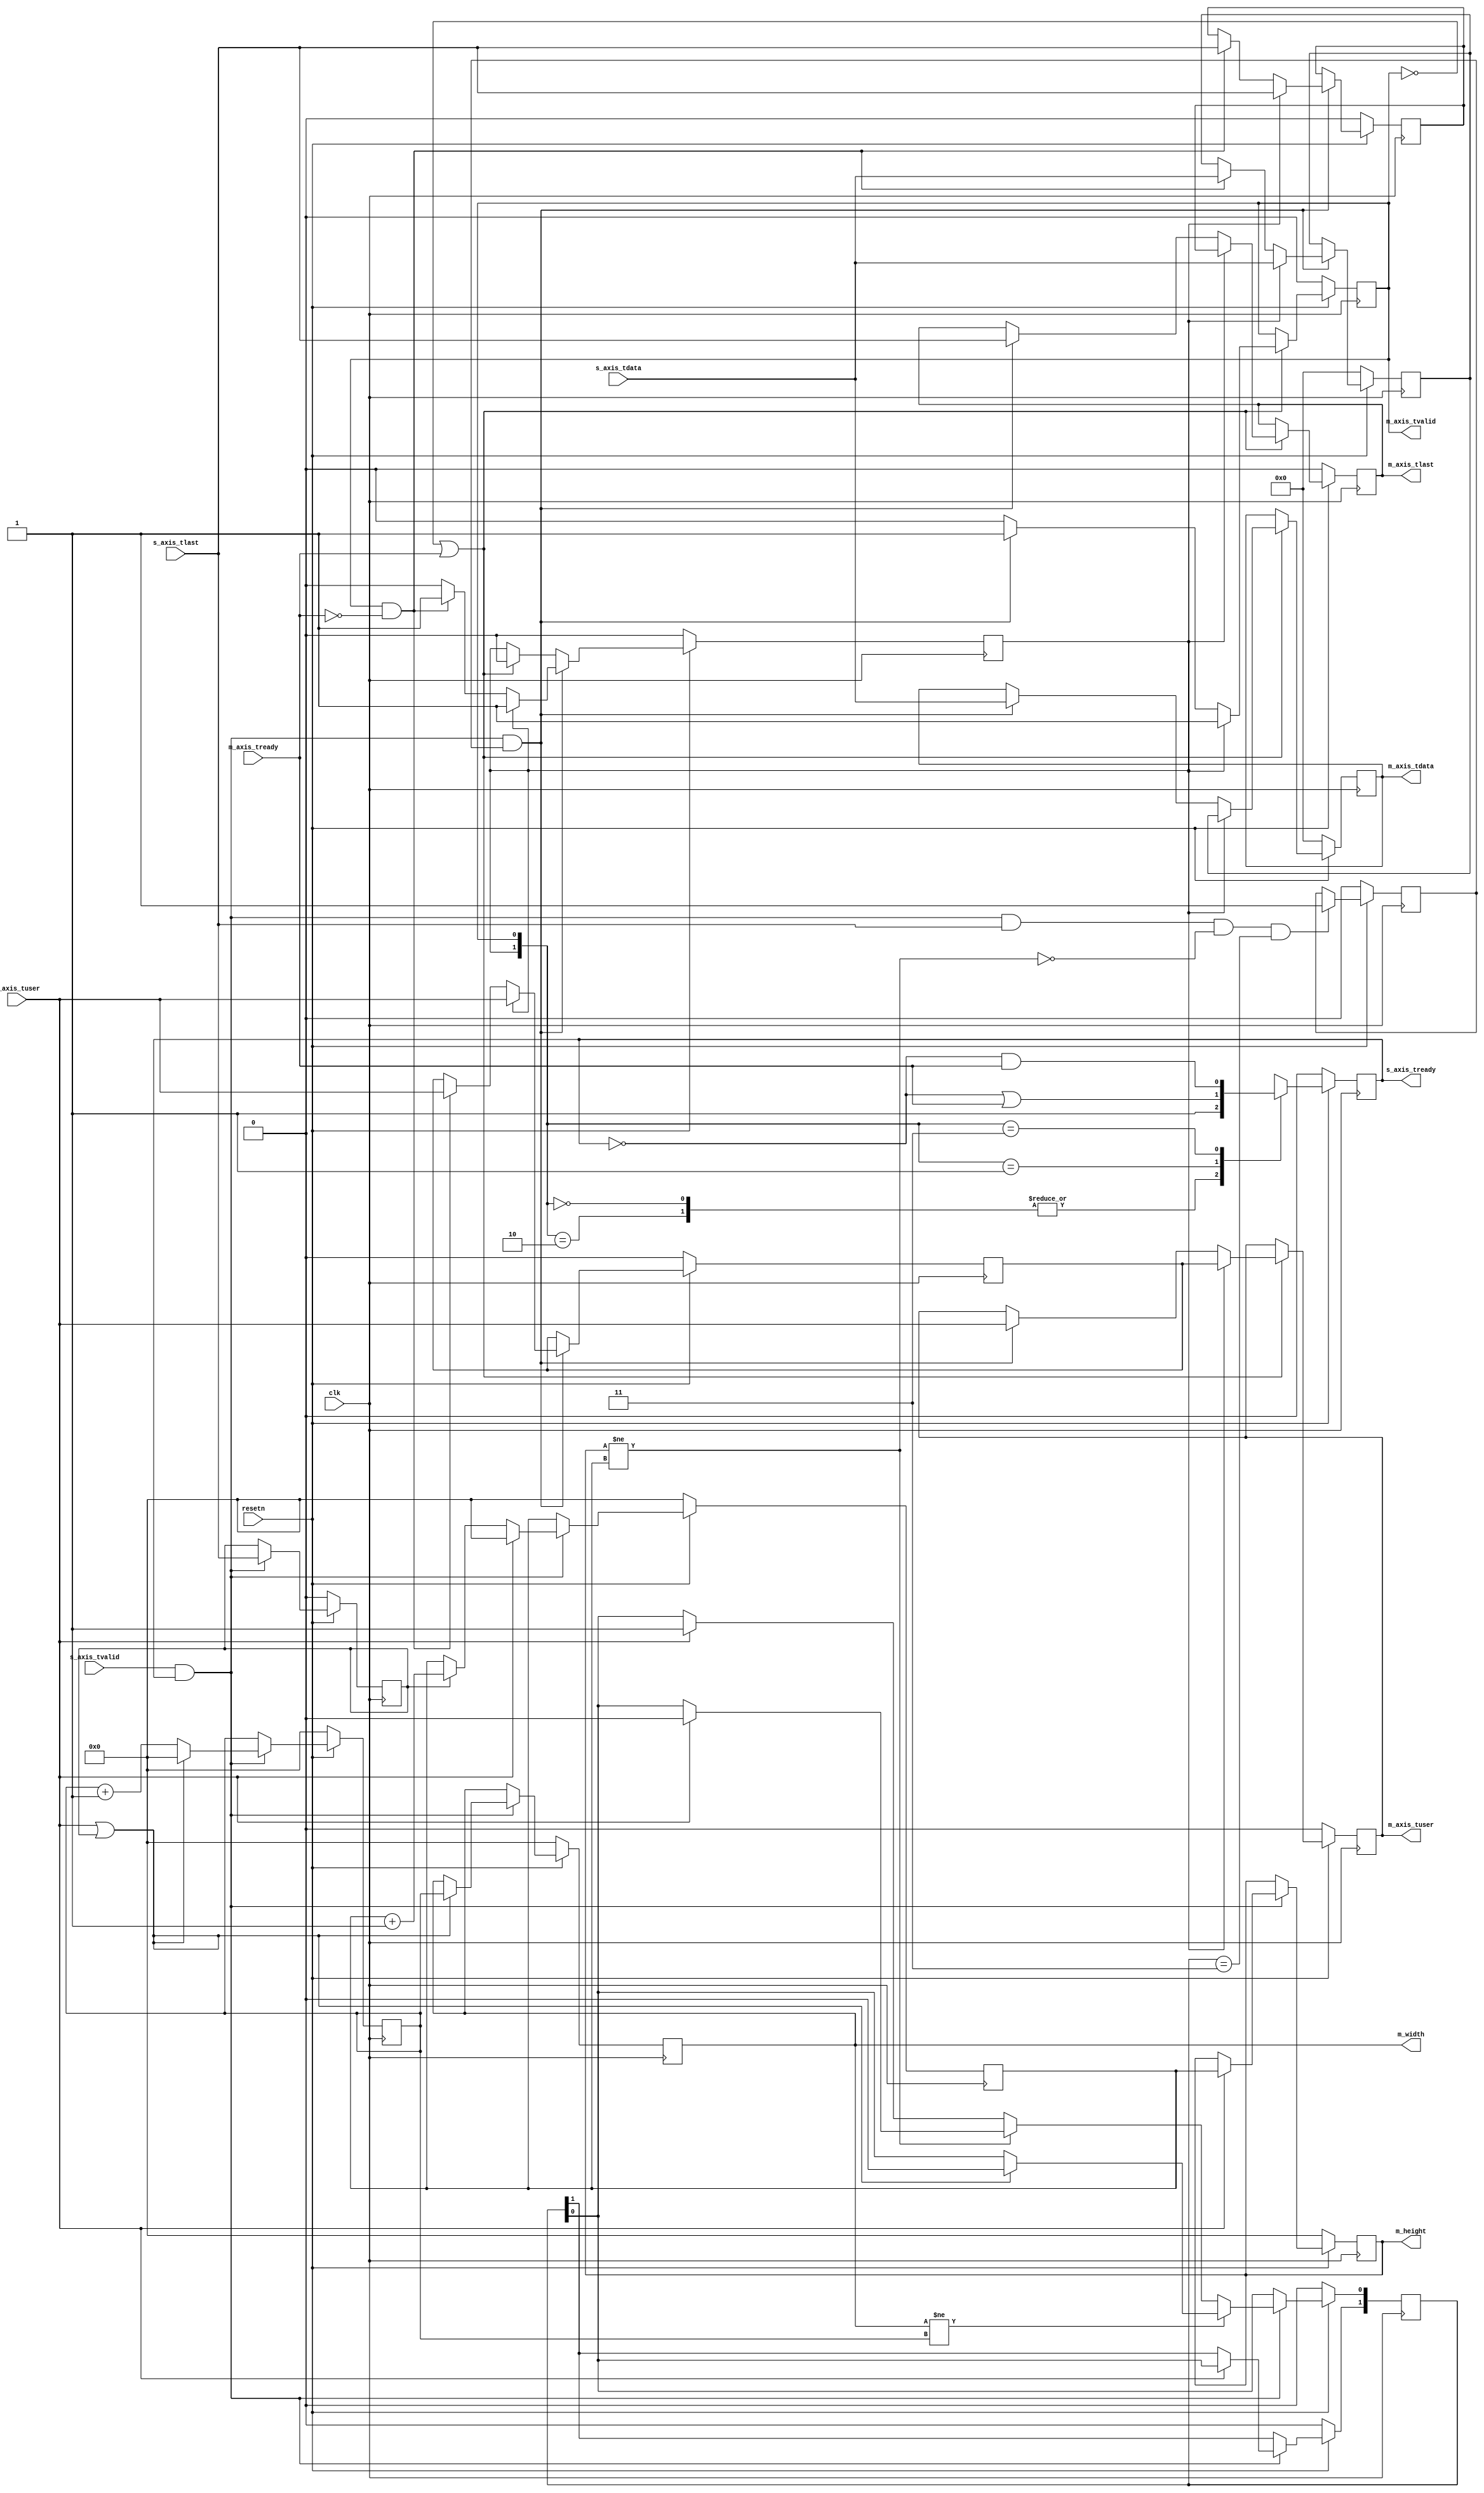
module axis_reshaper #
(
	parameter integer C_PIXEL_WIDTH = 8,
	parameter integer C_LOCK_FRAMES = 2,
	parameter integer C_WIDTH_BITS = 12,
	parameter integer C_HEIGHT_BITS = 12
) (
	input  wire clk,
	input  wire resetn,

	input  wire s_axis_tvalid,
	input  wire [C_PIXEL_WIDTH-1:0] s_axis_tdata,
	input  wire s_axis_tuser,
	input  wire s_axis_tlast,
	output reg  s_axis_tready,

	output wire m_axis_tvalid,
	output wire [C_PIXEL_WIDTH-1:0] m_axis_tdata,
	output wire m_axis_tuser,
	output wire m_axis_tlast,
	input  wire m_axis_tready,

	output wire [C_WIDTH_BITS-1:0] m_width,
	output wire [C_HEIGHT_BITS-1:0]m_height
);
	reg                     relay_tvalid[1:0];
	reg [C_PIXEL_WIDTH-1:0] relay_tdata[1:0];
	reg                     relay_tuser[1:0];
	reg                     relay_tlast[1:0];

	wire snext;
	assign snext = s_axis_tvalid && s_axis_tready;

	assign m_axis_tvalid = relay_tvalid[0];
	assign m_axis_tdata = relay_tdata[0];
	assign m_axis_tlast = relay_tlast[0];
	assign m_axis_tuser = relay_tuser[0];

	/// check locked
	reg [C_WIDTH_BITS-1:0]  width_last;
	reg [C_WIDTH_BITS-1:0]  width_cur;
	wire width_mismatch;
	wire width_valid;
	reg[C_LOCK_FRAMES-1:0] lock_sta;
	reg [C_HEIGHT_BITS-1:0] height_last;
	reg [C_HEIGHT_BITS-1:0] height_cur;
	wire height_mismatch;
	wire height_valid;
	assign width_mismatch = (width_last != width_cur);
	assign width_valid = (width_last != 0);
	assign height_mismatch = (height_last != height_cur);
	assign height_valid = (height_last != 0);
	assign m_width = width_last;
	assign m_height = height_last;

	reg locked;
	wire store_en;
	assign store_en = snext && locked;
	reg last_last;
	always @ (posedge clk) begin
		if (resetn == 1'b0)
			last_last <= 0;
		else if (snext)
			last_last <= s_axis_tlast;
	end
	always @ (posedge clk) begin
		if (resetn == 1'b0) begin
			width_cur <= 0;
			width_last  <= 0;
		end
		else if (snext) begin
			if (s_axis_tuser || last_last) begin
				width_cur  <= 0;
				width_last <= width_cur;
			end
			else begin
				width_cur  <= width_cur + 1;
				width_last <= width_last;
			end
		end
	end
	always @ (posedge clk) begin
		if (resetn == 1'b0) begin
			height_cur  <= 0;
			height_last <= 0;
		end
		else if (snext) begin
			if (s_axis_tuser) begin
				height_cur <= 0;
				height_last <= height_cur;
			end
			else if (last_last)
				height_cur <= height_cur + 1;
		end
	end
	always @ (posedge clk) begin
		if (resetn == 1'b0)
			lock_sta <= 0;
		else if (snext) begin
			if (s_axis_tuser)
				lock_sta[C_LOCK_FRAMES-1:1] <= lock_sta[C_LOCK_FRAMES-2:0];

			if (width_mismatch) begin
				if (s_axis_tuser || last_last)
					lock_sta[0] <= 0;
			end
			else if (height_mismatch) begin
				if (s_axis_tuser)
					lock_sta[0] <= 0;
			end
			else if (s_axis_tuser)
				lock_sta[0] <= 1;
		end
	end
	always @ (posedge clk) begin
		if (resetn == 1'b0)
			locked <= 0;
		else if (snext && s_axis_tlast && !height_mismatch && (lock_sta == {C_LOCK_FRAMES{1'b1}}))
			locked <= 1;
	end
//////////////////// detect end ///////////////////////////////////////
	always @ (posedge clk) begin
		if (resetn == 1'b0) begin
			relay_tvalid[1] <= 0;
			relay_tdata[1] <= 0;
			relay_tuser[1] <= 0;
			relay_tlast[1] <= 0;
		end
		else if (store_en) begin
			if (relay_tvalid[1]) begin
				relay_tvalid[1] <= 1;
				relay_tdata[1] <= s_axis_tdata;
				relay_tuser[1] <= s_axis_tuser;
				relay_tlast[1] <= s_axis_tlast;
			end
			else if (relay_tvalid[0] && ~m_axis_tready) begin
				relay_tvalid[1] <= 1;
				relay_tdata[1] <= s_axis_tdata;
				relay_tuser[1] <= s_axis_tuser;
				relay_tlast[1] <= s_axis_tlast;
			end
			else
				relay_tvalid[1] <= 0;
		end
		else if (~relay_tvalid[0] || m_axis_tready) begin
			relay_tvalid[1] <= 0;
		end
	end

	always @ (posedge clk) begin
		if (resetn == 1'b0) begin
			relay_tvalid[0] <= 0;
			relay_tdata[0] <= 0;
			relay_tuser[0] <= 0;
			relay_tlast[0] <= 0;
		end
		else if (~relay_tvalid[0] || m_axis_tready) begin
			if (relay_tvalid[1]) begin
				relay_tvalid[0] <= 1;
				relay_tdata[0] <= relay_tdata[1];
				relay_tuser[0] <= relay_tuser[1];
				relay_tlast[0] <= relay_tlast[1];
			end
			else if (store_en) begin
				relay_tvalid[0] <= 1;
				relay_tdata[0] <= s_axis_tdata;
				relay_tuser[0] <= s_axis_tuser;
				relay_tlast[0] <= s_axis_tlast;
			end
			else begin
				relay_tvalid[0] <= 0;
			end
		end
	end

	always @ (posedge clk) begin
		if (resetn == 1'b0)
			s_axis_tready <= 0;
		else begin
			case ({relay_tvalid[1], relay_tvalid[0]})
			2'b00, 2'b10:
				s_axis_tready <= 1;
			2'b01:
				s_axis_tready <= (~s_axis_tready || m_axis_tready);
			2'b11:
				s_axis_tready <= (~s_axis_tready && m_axis_tready);
			endcase
		end
	end

endmodule